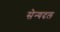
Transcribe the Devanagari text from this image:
सेन्यदल